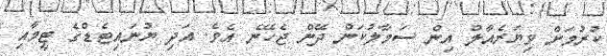
ކުރުމަށް ވިޔަރެއާލް އިން ސަމާލުކަން ދޭން ޖެހޭނެ އެވެ. އަދި ޔުނައިޓެޑްގެ ޓީމާއި